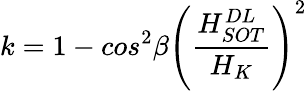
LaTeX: k=1-cos^{2}\beta{\left(\frac{H_{SOT}^{DL}}{H_{K}}\right)}^{2}